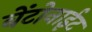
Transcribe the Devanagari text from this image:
बेंटोनाईट